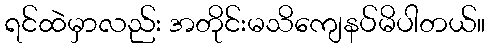
ရင်ထဲမှာလည်း အတိုင်းမသိကျေနပ်မိပါတယ်။